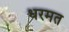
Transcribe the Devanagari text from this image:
धरमत